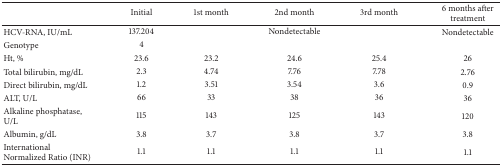
<table><thead><tr><td><b> </b></td><td><b>Initial</b></td><td><b>1st month</b></td><td><b>2nd month</b></td><td><b>3rd month</b></td><td><b>6 months after treatment</b></td></tr></thead><tbody><tr><td>HCV-RNA, IU/mL</td><td>137.204</td><td> </td><td>Nondetectable</td><td> </td><td>Nondetectable</td></tr><tr><td>Genotype</td><td>4</td><td> </td><td> </td><td> </td><td> </td></tr><tr><td>Ht, %</td><td>23.6</td><td>23.2</td><td>24.6</td><td>25.4</td><td>26</td></tr><tr><td>Total bilirubin, mg/dL</td><td>2.3</td><td>4.74</td><td>7.76</td><td>7.78</td><td>2.76</td></tr><tr><td>Direct bilirubin, mg/dL</td><td>1.2</td><td>3.51</td><td>3.54</td><td>3.6</td><td>0.9</td></tr><tr><td>ALT, U/L</td><td>66</td><td>33</td><td>38</td><td>36</td><td>36</td></tr><tr><td>Alkaline phosphatase, U/L</td><td>115</td><td>143</td><td>125</td><td>143</td><td>120</td></tr><tr><td>Albumin, g/dL</td><td>3.8</td><td>3.7</td><td>3.8</td><td>3.7</td><td>3.8</td></tr><tr><td>International Normalized Ratio (INR)</td><td>1.1</td><td>1.1</td><td>1.1</td><td>1.1</td><td>1.1</td></tr></tbody></table>